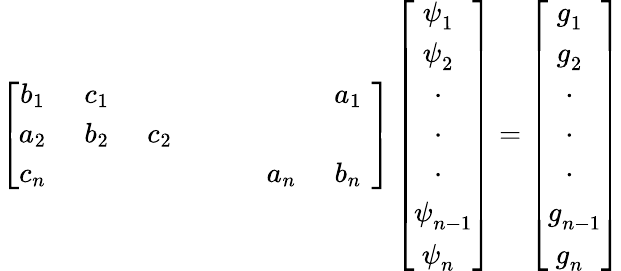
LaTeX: \left[\begin{array}{cccccccc}{b_{1~~}}&{c_{1~~}}&{}&{}&{}&{}&{a_{1~~}}\\ {a_{2~~}}&{b_{2~~}}&{c_{2~~}}&{}&{}&{}&{}\\ {c_{n~~}}&{}&{}&{}&{}&{a_{n~~}}&{b_{n~~}}\end{array}\right]\left[{\begin{array}{c}{\psi_{1~~}^{~}}\\ {\psi_{2~~}^{~}}\\ {~\cdot_{~~~}}\\ {~\cdot_{~~~}}\\ {~\cdot_{~~~}}\\ {\psi_{n-1}^{~}}\\ {\psi_{n~~}^{~}}\end{array}}\right]=\left[{\begin{array}{c}{g_{1~~}^{~}}\\ {g_{2~~}^{~}}\\ {~\cdot_{~~~}}\\ {~\cdot_{~~~}}\\ {~\cdot_{~~~}}\\ {g_{n-1}^{~}}\\ {g_{n~~}^{~}}\end{array}}\right]